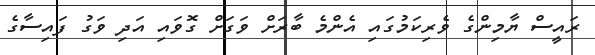
ރައީސް ޔާމިންގެ ވެރިކަމުގައި އެންމެ ބާރަށް ވަގަށް ގޮވައި އަދި ވަގު ފައިސާގެ